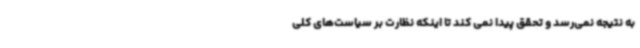
به نتیجه نمی‌رسد و تحقق پیدا نمی کند تا اینکه نظارت بر سیاست‌های کلی